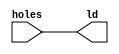
`timescale 1ns / 1ps
//////////////////////////////////////////////////////////////////////////////////
// Company: 
// Engineer: 
// 
// Design Name: 
// Module Name: wam_led
// Project Name: 
// Target Devices: 
// Tool Versions: 
// Description: 
// 
// Dependencies: 
// 
// Revision:
// Revision 0.01 - File Created
// Additional Comments:
// 
//////////////////////////////////////////////////////////////////////////////////


module wam_led (            // LED output
    input  wire [7:0] holes,
    output wire [7:0] ld
    );

    assign ld = holes;
endmodule